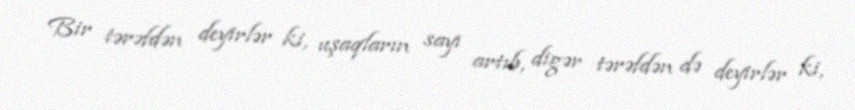
Bir tərəfdən deyirlər ki, uşaqların sayı artıb, digər tərəfdən də deyirlər ki,